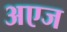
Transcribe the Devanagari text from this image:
अएज